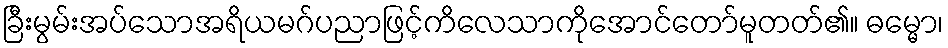
ခြီးမွမ်းအပ်သောအရိယမဂ်ပညာဖြင့်ကိလေသာကိုအောင်တော်မူတတ်၏။ ဓမ္မော၊